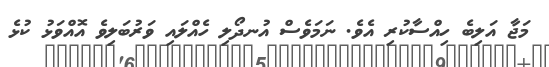
މަޖާ އަލިބެ ހިއްސާކުރި އެވެ. ނަމަވެސް އުނދޯލި ހެއްލައި ވަރުބަލިވެ އޮއްވަޅު ކުޅެ